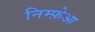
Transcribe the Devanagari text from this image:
निम्फ़ेआ